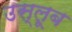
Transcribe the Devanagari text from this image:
उस्लूब